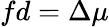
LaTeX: fd=\Delta\mu